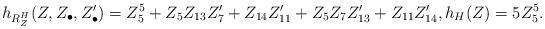
LaTeX: \begin{gather*}h_{{R_Z^H}}(Z, Z_\bullet, Z_\bullet') =Z_5^5 + Z_5 Z_{13} Z_7'+ Z_{14} Z_{11}'+Z_5 Z_7 Z_{13}'+Z_{11} Z_{14}',h_H(Z) = 5 Z_5^5.\end{gather*}